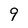
Character: 9